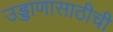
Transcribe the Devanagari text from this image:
उड्डाणासाठीची